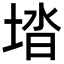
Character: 𡌩